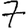
Digit: 7